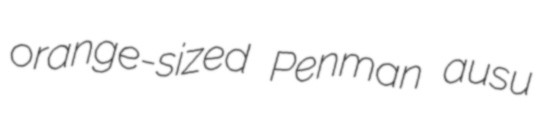
orange-sized Penman ausu